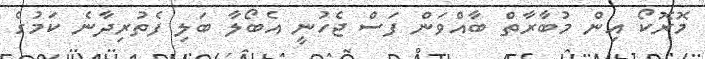
މޮރޮކޯ އިން މުބާރާތް ބާއްވަން ފަސް ޖެހުނީ އެބޯލާ ބަލި ފެތުރިދާނެ ކަމުގެ